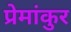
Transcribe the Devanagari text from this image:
प्रेमांकुर